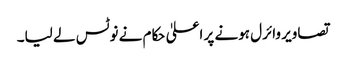
تصاویر وائرل ہونے پر اعلیٰ حکام نے نوٹس لے لیا۔